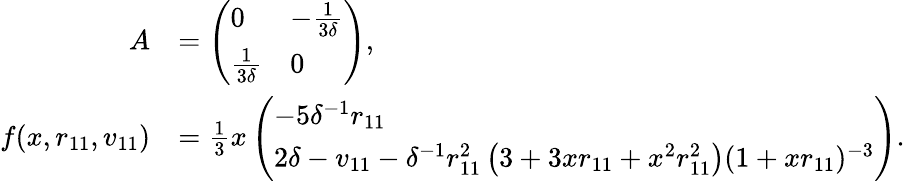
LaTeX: \begin{array}{rl}{A}&{=\left(\begin{array}{ll}{0}&{-\frac{1}{3\delta}}\\ {\frac{1}{3\delta}}&{0}\end{array}\right),}\\ {f(x,r_{11},v_{11})}&{=\frac 13x\left(\begin{array}{l}{-5\delta^{-1}r_{11}}\\ {2\delta-v_{11}-\delta^{-1}r_{11}^{2}\left(3+3xr_{11}+x^{2}r_{11}^{2}\right){(1+xr_{11})^{-3}}}\end{array}\right).}\end{array}